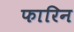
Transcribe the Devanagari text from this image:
फारिन